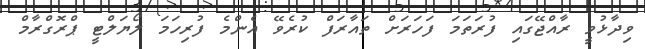
ވިދާޅުވީ ރާއްޖޭގައި ފުރަތަމަ ފަހަރަށް ތައާރަފް ކުރެވޭ އެންމެ ފުރިހަމަ ލޯޔަލްޓީ ޕްރޮގްރާމް